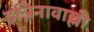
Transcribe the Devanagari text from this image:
इन्निनावाल्ली